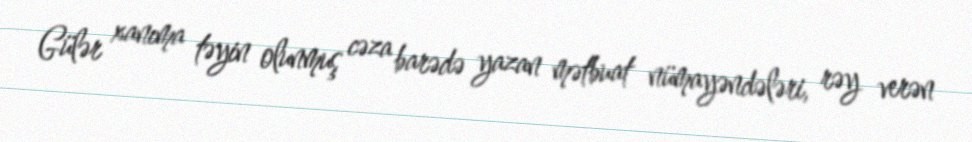
Gülər xanıma təyin olunmuş cəza barədə yazan mətbuat nümayəndələri, rəy verən